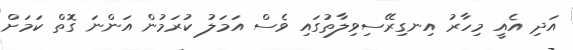
އަދި އެއީ މިހާރު އިނގިރޭސިވިލާތުގައި ވެސް އަމަލު ކުރަމުން އަންނަ ގޮތް ކަމަށް